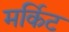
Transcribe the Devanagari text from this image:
मर्किट